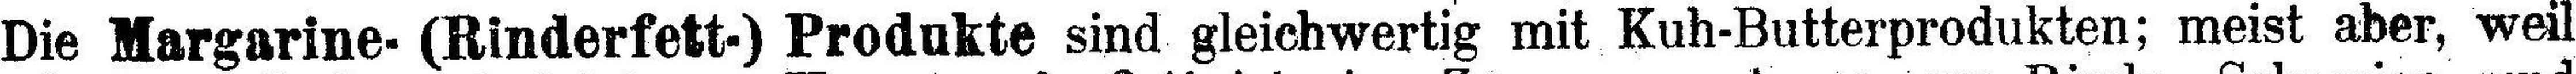
Die Margarine- (Binderfett-) Produkte sind gleichwertig mit Kuh-Butterprodukten; meist aber, weil